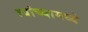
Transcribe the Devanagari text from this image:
त्‍यांच्‍यामध्‍ये